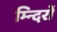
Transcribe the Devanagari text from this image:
म्न्दिरों